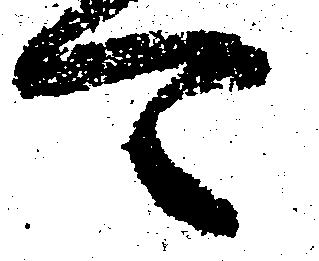
可